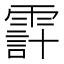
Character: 𩄊